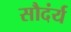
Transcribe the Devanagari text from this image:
सौदंर्य